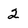
Character: 2